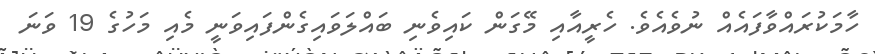
ހާމަކުރައްވާފައެއް ނުވެއެވެ. ހެރީއާއި މޭގަން ކައިވެނި ބައްލަވައިގެންފައިވަނީ މެއި މަހުގެ 19 ވަނަ